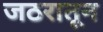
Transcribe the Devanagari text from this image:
जठरातून